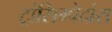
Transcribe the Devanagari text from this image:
ट्रांसिम्पेदांस